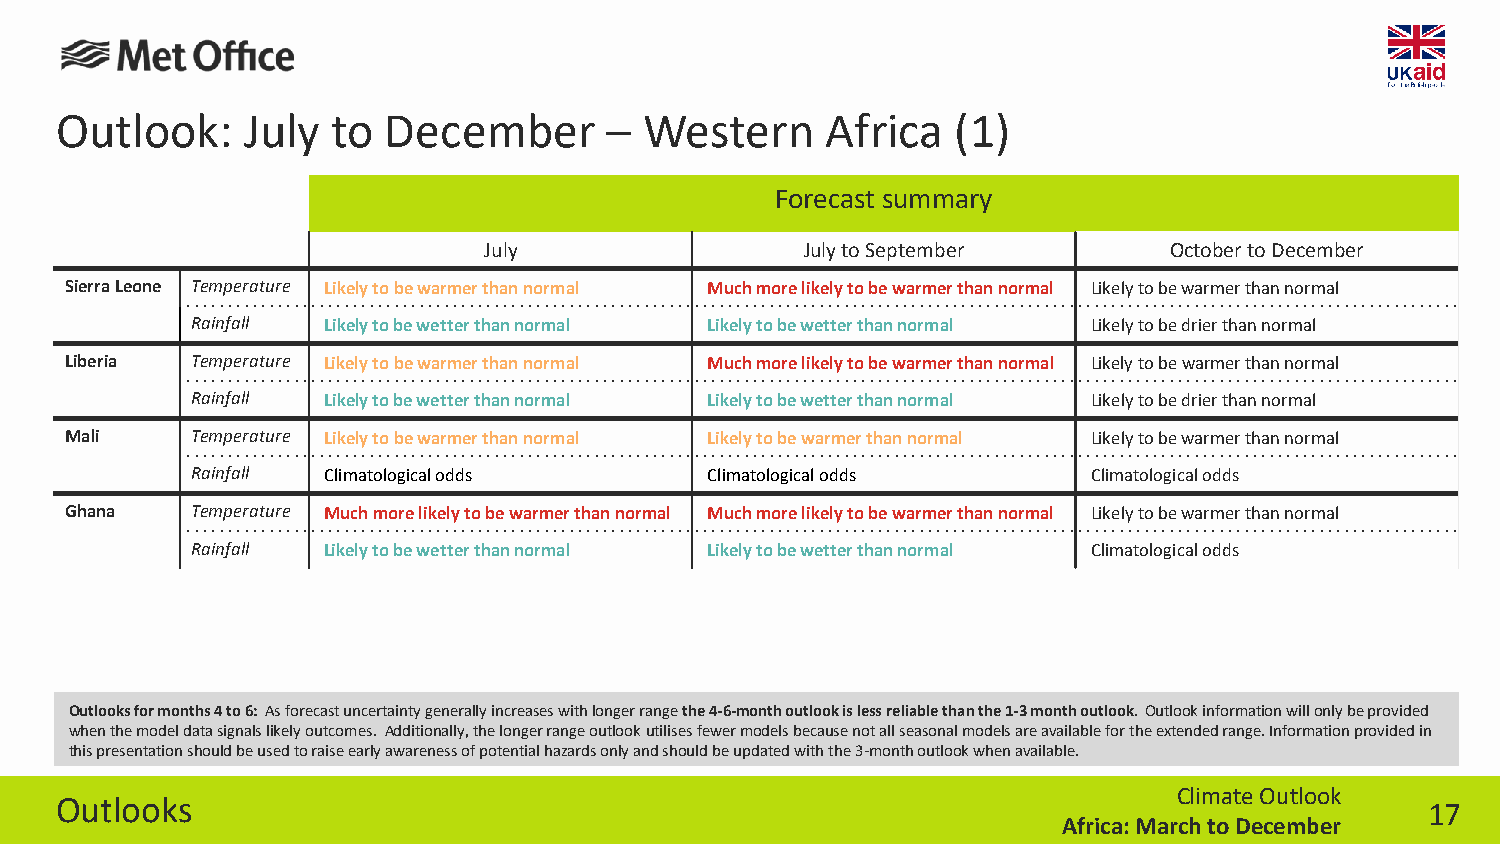
Outlook:    July  to December       –  Western     Africa  (1)
 Forecast summary
 July                 July to September       October to December
 Sierra Leone Temperature Likely to be warmer than normal Much more likely to be warmer than normal Likely to be warmer than normal
 Rainfall Likely to be wetter than normal Likely to be wetter than normal Likely to be drier than normal
 Liberia  Temperature Likely to be warmer than normal Much more likely to be warmer than normal Likely to be warmer than normal
 Rainfall Likely to be wetter than normal Likely to be wetter than normal Likely to be drier than normal
 Mali     Temperature Likely to be warmer than normal Likely to be warmer than normal Likely to be warmer than normal
 Rainfall Climatological odds      Climatological odds      Climatological odds
 Ghana    Temperature Much more likely to be warmer than normal Much more likely to be warmer than normal Likely to be warmer than normal
 Rainfall Likely to be wetter than normal Likely to be wetter than normal Climatological odds
 Outlooks for months 4 to 6: As forecast uncertainty generally increases with longer rangethe 4-6-month outlook is less reliable than the 1-3 month outlook. Outlook information will only be provided
 when the model data signals likely outcomes. Additionally, the longer range outlook utilisesfewer models because not all seasonal models are available for the extended range. Information provided in
 this presentation should be used to raise early awareness of potential hazards only and should be updated with the 3-month outlook when available.
 Climate Outlook
 Outlooks
 17
 Africa: March to December